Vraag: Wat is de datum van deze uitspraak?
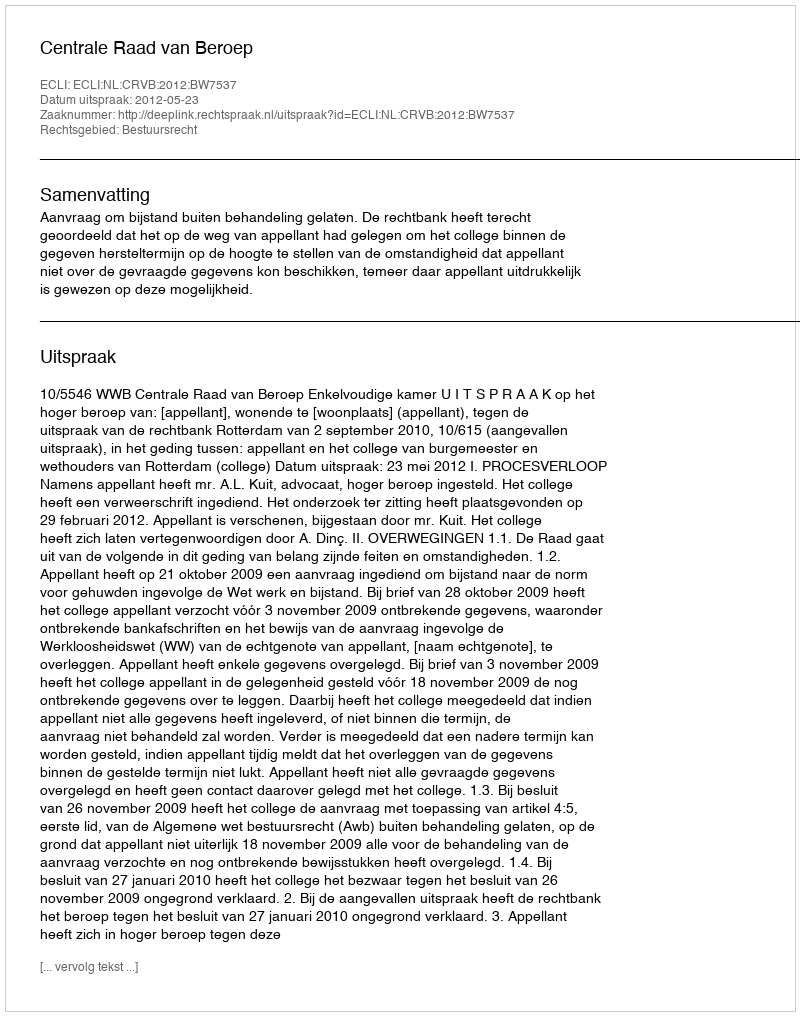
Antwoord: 2012-05-23